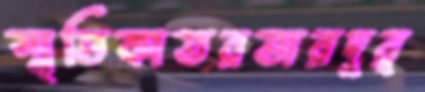
স্মৃতিকাতরতারদুর্